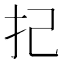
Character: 𢩵